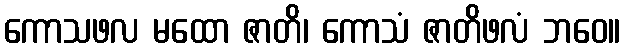
ကောသဖလ မထော ဇာတိ၊ ကောသံ ဇာတိဖလံ ဘဝေ။